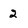
Character: 2